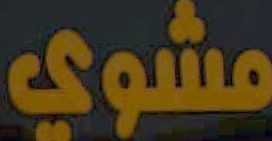
مشوي